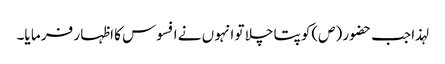
لہذا جب حضو ر (ص)کو پتا چلا تو انہو ں نے افسوس کا اظہا ر فر ما یا۔